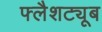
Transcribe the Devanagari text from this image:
फ्लैशट्यूब